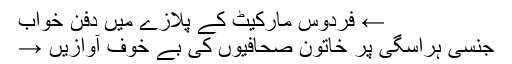
← فردوس مارکیٹ کے پلازے میں دفن خواب
جنسی ہراسگی پر خاتون صحافیوں کی بے خوف آوازیں →